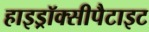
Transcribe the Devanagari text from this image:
हाइड्रॉक्सीपैटाइट